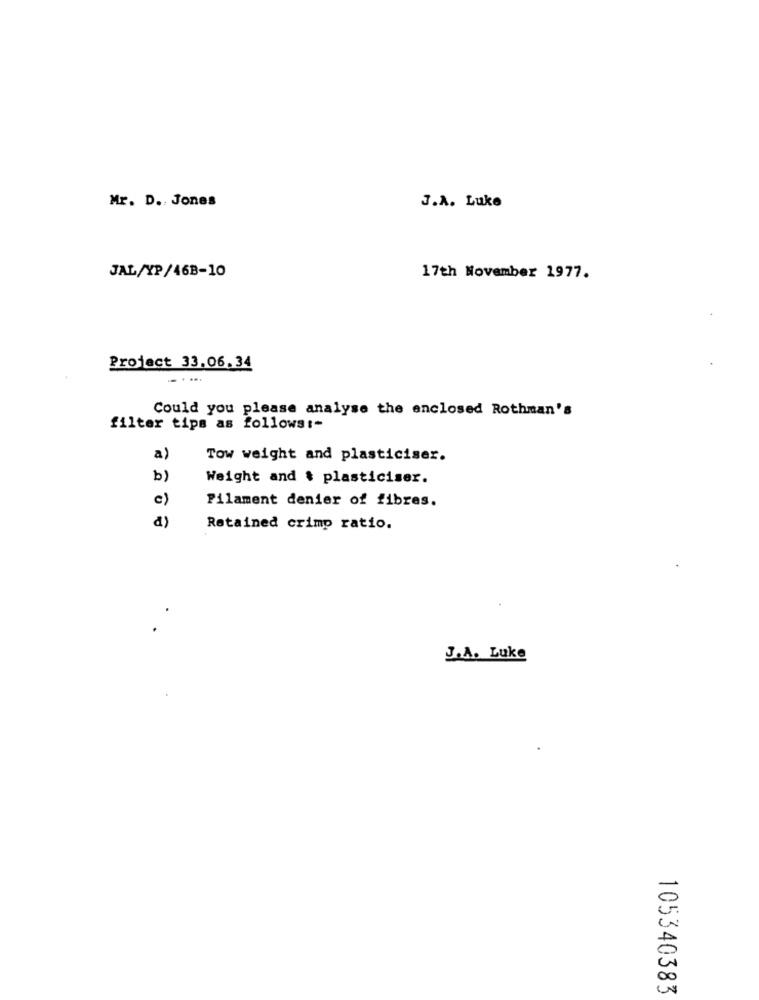
Mr. D ., Jones
J.A. Luke
JAL/XP/46B-10
17th November 1977.
Project 33.06.34
Could you please analyse the enclosed Rothman's
filter tips as follows :-
a)
Tow weight and plasticiser.
b)
Weight and & plasticiser.
c)
Filament denier of fibres.
₫)
Retained crimp ratio.
J.A. Luke
105340383